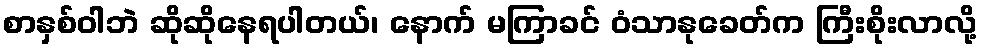
စာနှစ်ဝါဘဲ ဆိုဆိုနေရပါတယ်၊ နောက် မကြာခင် ဝံသာနုခေတ်က ကြီးစိုးလာလို့